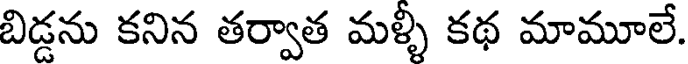
బిడ్డను కనిన తర్వాత మళ్ళీ కథ మామూలే.